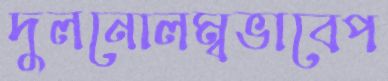
দুলনোলম্বভাবেপ